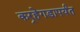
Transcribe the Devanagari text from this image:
कर्‍हेगडापर्यंत